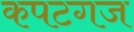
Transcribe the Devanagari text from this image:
कपटगज